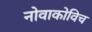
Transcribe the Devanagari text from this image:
नोवाकोविच